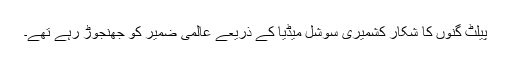
پیلٹ گنوں کا شکار کشمیری سوشل میڈیا کے ذریعے عالمی ضمیر کو جھنجوڑ رہے تھے۔